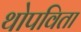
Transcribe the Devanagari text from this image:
थोपविता